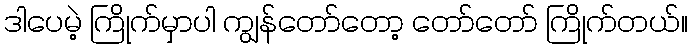
ဒါပေမဲ့ ကြိုက်မှာပါ ကျွန်တော်တော့ တော်တော် ကြိုက်တယ်။